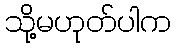
သို့မဟုတ်ပါက